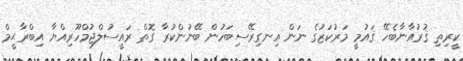
ކީރިތި ޤުރުއާނާބެހޭ ޤައުމީ މަރުކަޒުގެ ނަން އިނގިރޭސިބަހުން ބޭނުންކުރާ ގޮތް ރައީސުލްޖުމްހޫރިއްޔާ އިބްރާޙީމް